画像に写った文字を読んでください
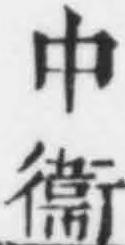
「中衞」と書いてあります